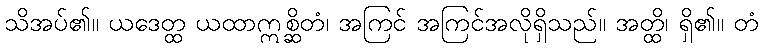
သိအပ်၏။ ယဒေတ္ထ ယထာဣစ္ဆိတံ၊ အကြင် အကြင်အလိုရှိသည်။ အတ္ထိ၊ ရှိ၏။ တံ